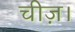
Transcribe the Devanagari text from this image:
चीज़।